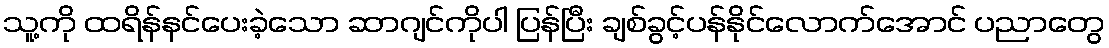
သူ့ကို ထရိန်နင်ပေးခဲ့သော ဆာဂျင်ကိုပါ ပြန်ပြီး ချစ်ခွင့်ပန်နိုင်လောက်အောင် ပညာတွေ